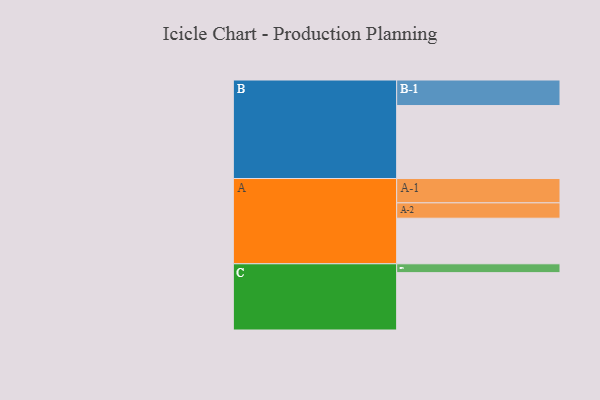
{"axis": {"x": "Segment", "y": "Value"}, "legend": ["", "A", "B", "C"], "data": [{"x": "A", "y": 371, "type": ""}, {"x": "B", "y": 594, "type": ""}, {"x": "C", "y": 467, "type": ""}, {"x": "A-1", "y": 198, "type": "A"}, {"x": "A-2", "y": 125, "type": "A"}, {"x": "B-1", "y": 208, "type": "B"}, {"x": "C-1", "y": 72, "type": "C"}]}